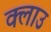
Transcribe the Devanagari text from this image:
क्लाउ